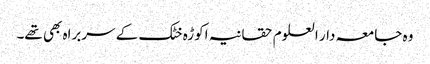
وہ جامعہ دار العلوم حقانیہ اکوڑہ خٹک کے سربراہ بھی تھے۔